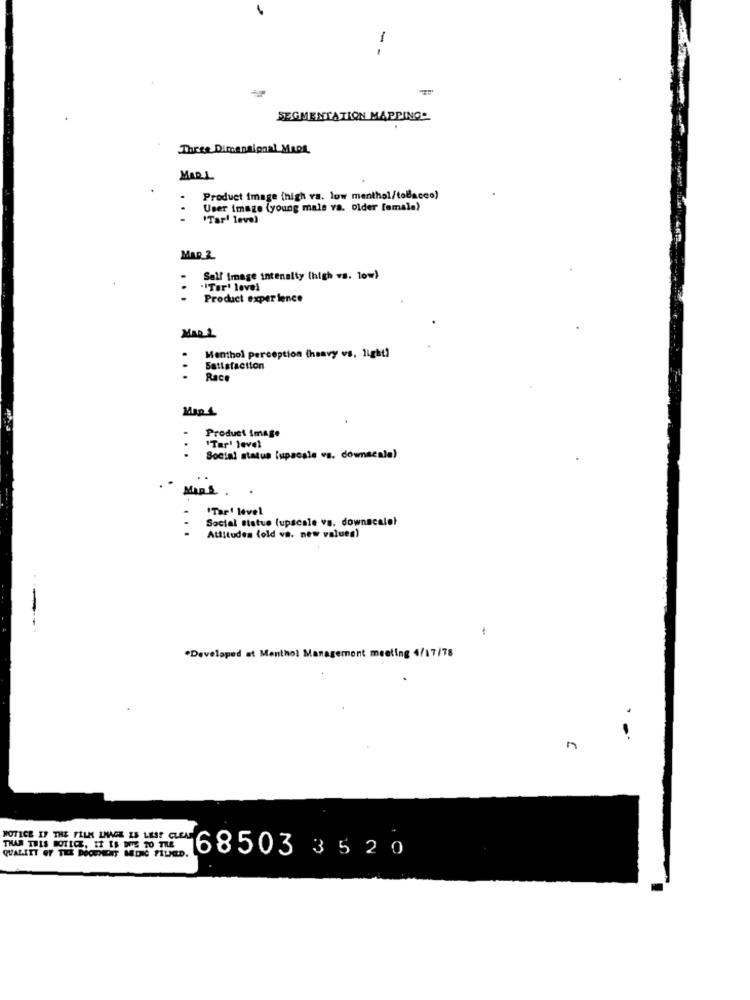
1
SEGMENTATION MAPPING-
Three Dimensional Mapa.
MARL
Product image (high va. low menthol/tobacco)
User image (young male va. older female)
"Tar! level
MAR_2
Self Image intensity (high vs. 10w)
"Tar' level
Product exper ience
MAR 2
Menthol perception (heavy vs, light)
Satisfaction
Race
Map 4
Product image
"Tar! level
Social status [upscale vs. downscale)
MARE.
.
"Tar' level
Social statue (upscale vs. downscalel
Attitudes fold va. new values)
*Developed at Menthol Management meeting 4/17/78
NOTICE IF THE FILM LMAGE IS LESS CLEAS
QUALITT OF THE DOCUMENT MONIC FILED.
THAN THIS NOTICE, IT IS DOS TO TRE
68503 35 20